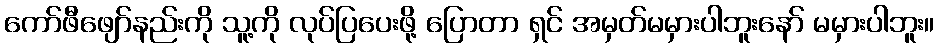
ကော်ဖီဖျော်နည်းကို သူ့ကို လုပ်ပြပေးဖို့ ပြောတာ ရှင် အမှတ်မမှားပါဘူးနော် မမှားပါဘူး။